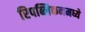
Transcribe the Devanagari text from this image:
रिपब्लिकनमध्ये